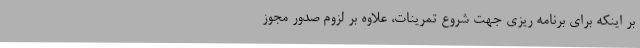
بر اینکه برای برنامه ریزی جهت شروع تمرینات، علاوه بر لزوم صدور مجوز